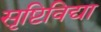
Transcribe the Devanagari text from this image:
सृष्टिविद्या